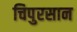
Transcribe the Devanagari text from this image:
चिपुरसान